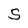
Character: S